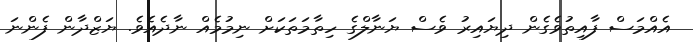
އެއްމަސް ފާއިތުވެގެން ދިޔައިރު ވެސް ޔަނާލްގެ ހިތާމަތަކަށް ނިމުމެއް ނާދެއެވެ. ޔަޒްދާން ފެންނަ